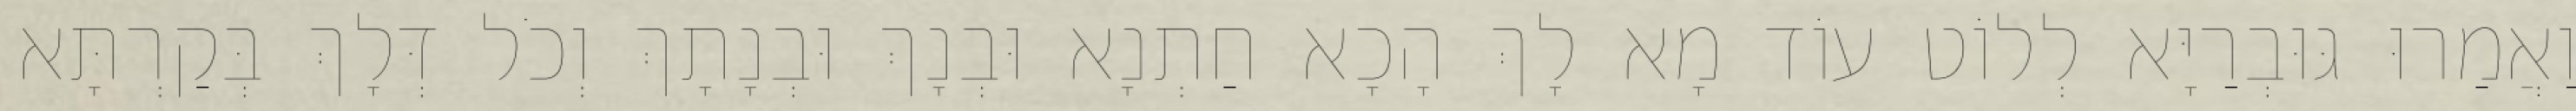
וַאֲמַרוּ גּוּבְרַיָּא לְלוֹט עוֹד מָא לָךְ הָכָא חַתְנָא וּבְנָךְ וּבְנָתָךְ וְכֹל דְּלָךְ בְּקַרְתָּא